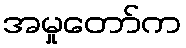
အမှုတော်က